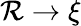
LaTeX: \mathcal{R}\rightarrow\xi